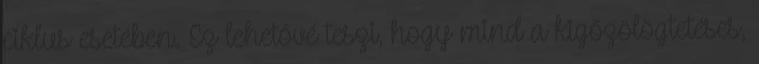
ciklus esetében. Ez lehetővé teszi, hogy mind a kigőzölögtetéses,